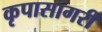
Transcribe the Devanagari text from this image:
कृपासागरी